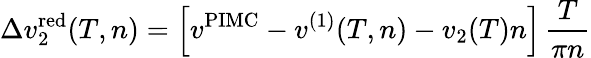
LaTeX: \Delta v_{2}^{\mathrm{red}}(T,n)=\left[v^{\mathrm{PIMC}}-v^{(1)}(T,n)-v_{2}(T)n\right]\, \frac{T}{\pi n}